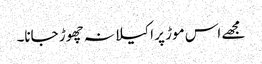
مجھے اس موڑ پر اکیلا نہ چھوڑ جانا۔